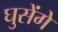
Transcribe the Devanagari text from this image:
घुसेंगे